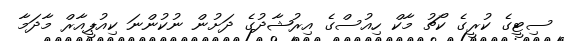
ސިޓީގެ ކުރީގެ ކޯޗު މާކް ހިއުސްގެ އިރުޝާދުގެ ދަށުން ނުކުންނަ ކިއުޕީއާރް މާދަމާ